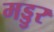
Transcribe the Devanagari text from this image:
मड्डुर